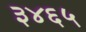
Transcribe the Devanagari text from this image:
३४६५